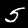
Digit: 5